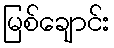
မြစ်ချောင်း